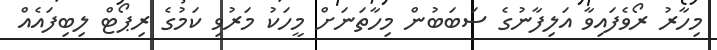
މިހާރު ރޯވެފައިވާ އަލިފާނުގެ ސަބަބުން މިހާތަނަށް މީހަކު މަރުވި ކަމުގެ ރިޕޯޓް ލިބިފައެއް